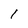
Character: 1